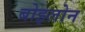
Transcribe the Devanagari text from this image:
बोइलोन